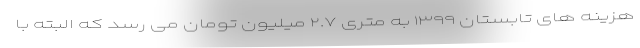
هزینه های تابستان ۱۳۹۹ به متری ۲.۷ میلیون تومان می رسد که البته با